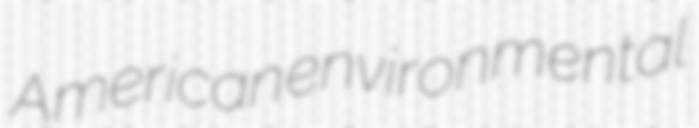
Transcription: American environmental